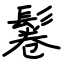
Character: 鬈